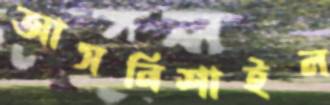
আসনিশাইল